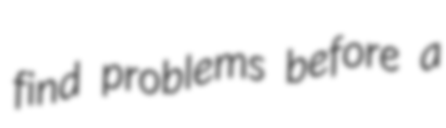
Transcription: find problems before a